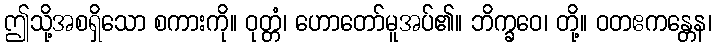
ဤသို့အစရှိသော စကားကို။ ဝုတ္တံ၊ ဟောတော်မူအပ်၏။ ဘိက္ခဝေ၊ တို့။ ဝတဧကန္တေန၊